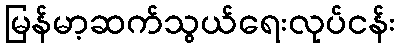
မြန်မာ့ဆက်သွယ်ရေးလုပ်ငန်း